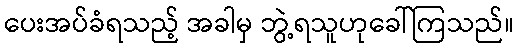
ပေးအပ်ခံရသည့် အခါမှ ဘွဲ့ရသူဟုခေါ်ကြသည်။